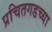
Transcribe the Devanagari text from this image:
प्रचितगडच्या